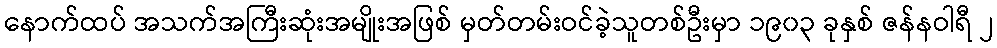
နောက်ထပ် အသက်အကြီးဆုံးအမျိုးအဖြစ် မှတ်တမ်းဝင်ခဲ့သူတစ်ဦးမှာ ၁၉၀၃ ခုနှစ် ဇန်နဝါရီ ၂